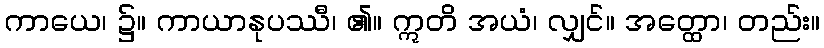
ကာယေ၊ ၌။ ကာယာနုပဿီ၊ ၏။ ဣတိ အယံ၊ လျှင်။ အတ္ထော၊ တည်း။